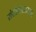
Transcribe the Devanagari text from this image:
संतोबांसारखा